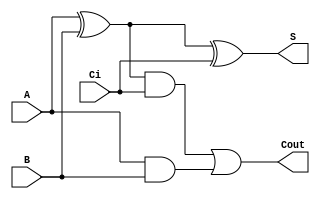
module sum1bcc_primitive (A, B, Ci,Cout,S);

  input  A;
  input  B;
  input  Ci;
  output Cout;
  output S;


  wire a_ab; //Son como cables
  wire x_ab;
  wire cout_t;

  and(a_ab,A,B); // Primero est el de salida, luego los de entrada. Lgica computacional
  xor(x_ab,A,B);

  xor(S,x_ab,Ci);
  and(cout_t,x_ab,Ci);

  or (Cout,cout_t,a_ab);
endmodule